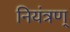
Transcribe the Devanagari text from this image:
नियंत्रण्